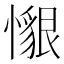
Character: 𢢽